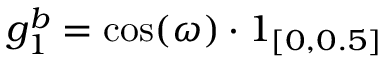
g _ { 1 } ^ { b } = \cos ( \omega ) \cdot 1 _ { [ 0 , 0 . 5 ] }